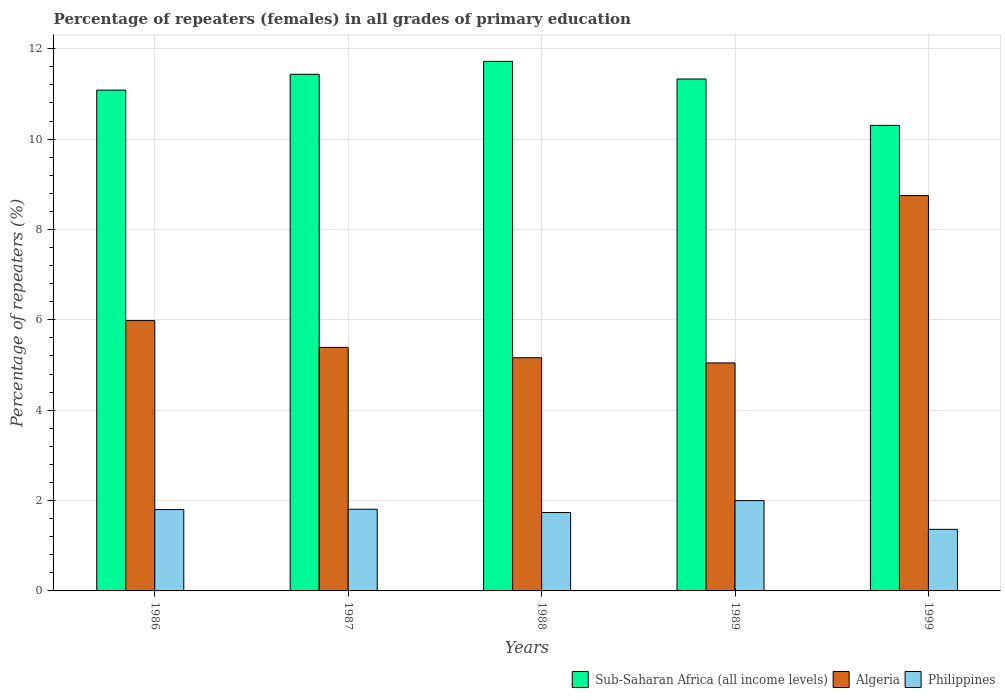
| Years | Sub-Saharan Africa (all income levels) | Algeria | Philippines |
 | --- | --- | --- | --- |
 | 1986 | 11.1 | 5.98 | 1.8 |
 | 1987 | 11.4 | 5.39 | 1.81 |
 | 1988 | 11.7 | 5.16 | 1.73 |
 | 1989 | 11.3 | 5.05 | 2 |
 | 1999 | 10.3 | 8.75 | 1.36 |